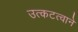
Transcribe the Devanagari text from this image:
उत्कटत्वाने